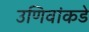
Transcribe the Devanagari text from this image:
उणिवांकडे